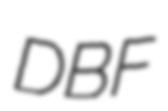
DBF